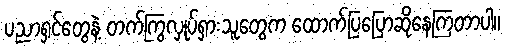
ပညာရှင်တွေနဲ့ တက်ကြွလှုပ်ရှားသူတွေက ထောက်ပြပြောဆိုနေကြတာပါ။